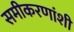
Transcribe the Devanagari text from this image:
समीकरणांशी